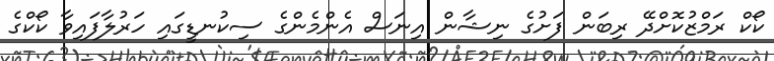
ކޯކް ރަމްޒުކޮށްދޭ ރިބަން ފަށުގެ ނިޝާން އިނަސް އެންމެންގެ ސިކުނޑީގައި ހަރުލާފައިވާ ކޯކްގެ